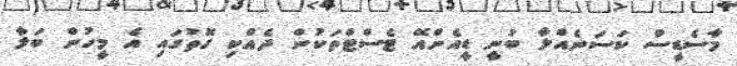
މާސެޑީސް ކަސަނެއްލާ ބުނީ ޑީއެންއޭ ޓެސްޓްތަކުން ދެއްކި ގޮތުގައި އެ މީހުން ބަލާ